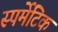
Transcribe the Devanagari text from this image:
स्पर्मेटिक